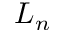
L _ { n }